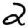
Digit: 2